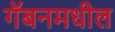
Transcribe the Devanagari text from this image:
गॅबनमधील